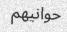
حوانيھم